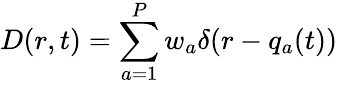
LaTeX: D(r,t)=\sum_{a=1}^{P}w_{a}\delta(r-{q}_{a}(t))